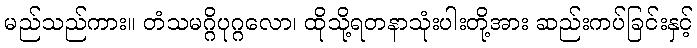
မည်သည်ကား။ တံသမဂ္ဂိပုဂ္ဂလော၊ ထိုသို့ရတနာသုံးပါးတို့အား ဆည်းကပ်ခြင်းနှင့်